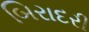
બિરાદરી